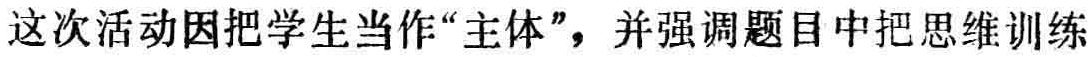
这次活动因把学生当作“主体”，并强调题目中把思维训练